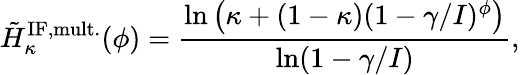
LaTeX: \tilde{H}_{\kappa}^{\mathrm{IF,mult.}}(\phi)=\frac{\ln\left(\kappa+(1-\kappa)(1-\gamma/I)^{\phi}\right)}{\ln(1-\gamma/I)},